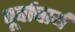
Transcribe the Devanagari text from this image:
पूर्वाचार्य